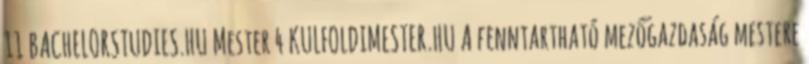
11 BACHELORSTUDIES.HU Mester 4 KULFOLDIMESTER.HU A fenntartható mezőgazdaság mestere